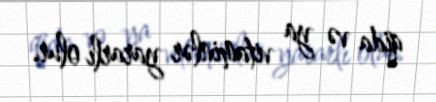
qida və ya vitaminlər yararlı olur.